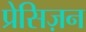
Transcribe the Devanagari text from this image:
प्रेसिज़न